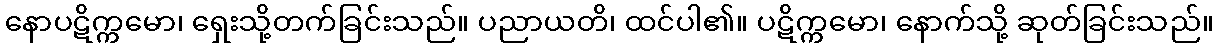
နောပဋိက္ကမော၊ ရှေးသို့တက်ခြင်းသည်။ ပညာယတိ၊ ထင်ပါ၏။ ပဋိက္ကမော၊ နောက်သို့ ဆုတ်ခြင်းသည်။